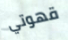
قهوتي